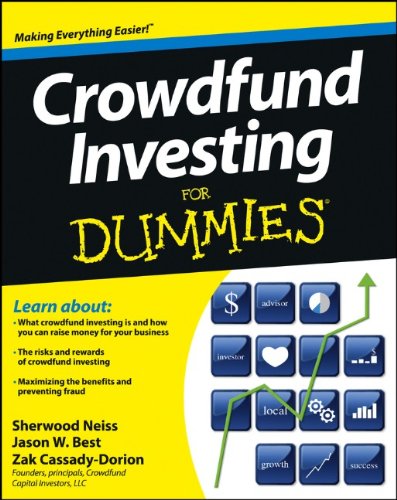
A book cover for Crowdfund Investing For Dummies; Sherwood Neiss; Business & Money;